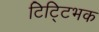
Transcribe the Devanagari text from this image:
टिट्टिभक